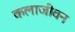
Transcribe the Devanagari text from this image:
कलाजीवन